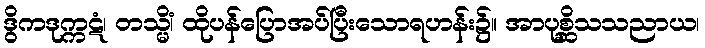
ဒွိကဒုက္ကဋံ၊ တသ္မိံ၊ ထိုပန်ပြောအပ်ပြီးသောရဟန်း၌။ အာပုစ္ဆိသသညာယ၊